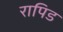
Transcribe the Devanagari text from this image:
रापिड